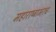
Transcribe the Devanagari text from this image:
महाराष्ट्राभरच